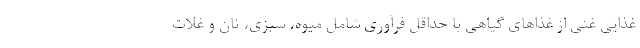
غذایی غنی از غذاهای گیاهی با حداقل فرآوری شامل میوه، سبزی، نان و غلات